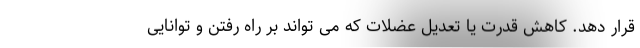
قرار دهد. کاهش قدرت یا تعدیل عضلات که می تواند بر راه رفتن و توانایی